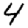
Digit: 4